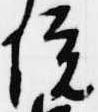
院